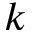
k